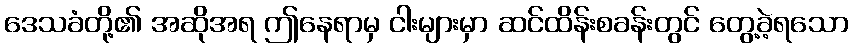
ဒေသခံတို့၏ အဆိုအရ ဤနေရာမှ ငါးများမှာ ဆင်ထိန်းစခန်းတွင် တွေ့ခဲ့ရသော